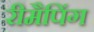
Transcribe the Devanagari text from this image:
रीमैपिंग